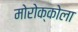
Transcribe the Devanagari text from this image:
मोरोक्कोला